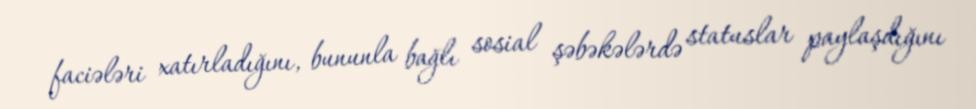
faciələri xatırladığını, bununla bağlı sosial şəbəkələrdə statuslar paylaşdığını